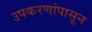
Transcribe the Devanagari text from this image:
उपकरणांपासून